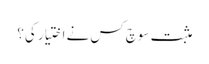
مثبت سوچ کس نے اختیار کی؟